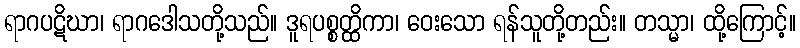
ရာဂပဋိဃာ၊ ရာဂဒေါသတို့သည်။ ဒူရပစ္စတ္ထိကာ၊ ဝေးသော ရန်သူတို့တည်း။ တသ္မာ၊ ထို့ကြောင့်။